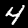
Label: 4